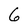
Character: 6